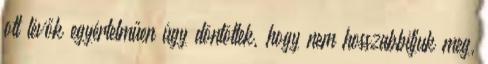
ott lévők egyértelműen úgy döntöttek, hogy nem hosszabbítjuk meg,